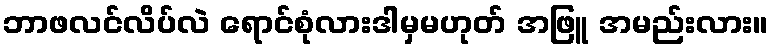
ဘာဖလင်လိပ်လဲ ရောင်စုံလားဒါမှမဟုတ် အဖြူ အမည်းလား။